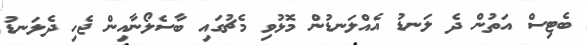
ބެޓިސް އަތުން ދެ ލަނޑު އެއްލަނޑުން މޮޅުވި މެޗުގައި ބާސެލޯނާއިން ޖެހި ދެލަނޑު